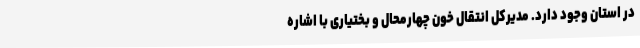
در استان وجود دارد. مدیرکل انتقال خون چهارمحال و بختیاری با اشاره